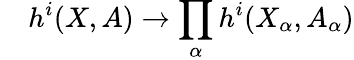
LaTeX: {}\quad h^{i}(X,A)\to\prod_{\alpha}h^{i}(X_{\alpha},A_{\alpha})